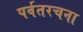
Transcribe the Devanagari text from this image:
पर्वतरचना